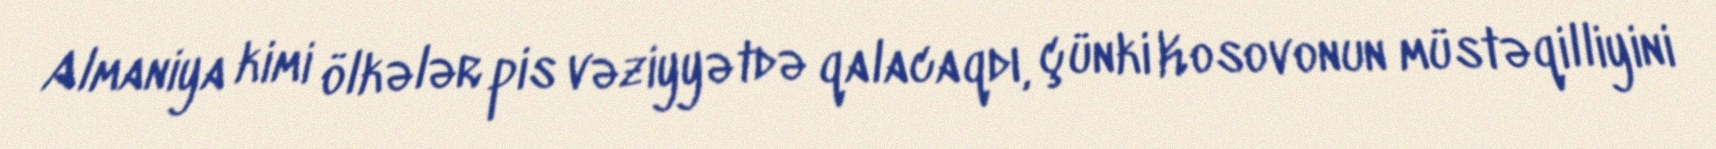
Almaniya kimi ölkələr pis vəziyyətdə qalacaqdı, çünki Kosovonun müstəqilliyini